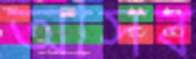
আসব